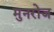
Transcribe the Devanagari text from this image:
मुनरोज